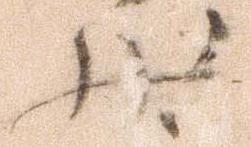
状